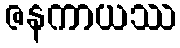
ဇနကာယဿ